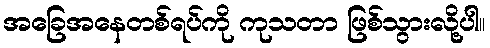
အခြေအနေတစ်ရပ်ကို ကုသတာ ဖြစ်သွားလို့ပါ။